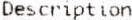
DESCRIPTION